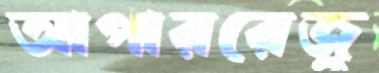
আপাররেজু